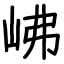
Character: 𡶒